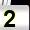
Digit: 2